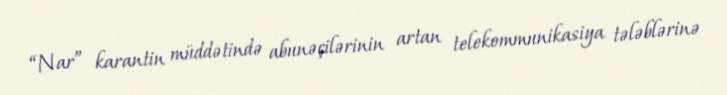
“Nar” karantin müddətində abunəçilərinin artan telekommunikasiya tələblərinə